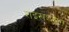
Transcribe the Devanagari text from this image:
राइखश्टाग